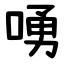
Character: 㗈